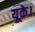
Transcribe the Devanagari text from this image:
यूके।